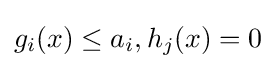
g_{i}(x)\leq a_{i},h_{j}(x)=0